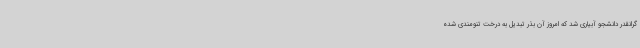
گرانقدر دانشجو آبیاری شد که امروز آن بذر تبدیل به درخت تنومندی شده